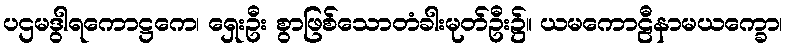
ပဌမဒွါရကောဋ္ဌကေ၊ ရှေးဦး စွာဖြစ်သောတံခါးမုတ်ဦး၌။ ယမကောဠီနာမယက္ခော၊